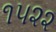
૧૫૨૨